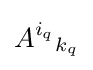
A^{i_{q}}{}_{k_{q}}